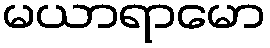
မယာရာမော